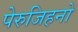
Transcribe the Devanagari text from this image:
पेरुजिहनो